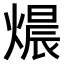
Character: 𤍴